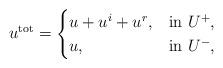
LaTeX: \begin{align*}u^{\rm tot} =\begin{cases}u + u^i + u^r, & \mbox{in }U^+,\\u , & \mbox{in }U^-,\\\end{cases}\end{align*}